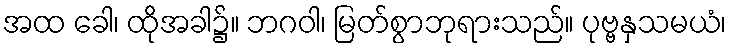
အထ ခေါ၊ ထိုအခါ၌။ ဘဂဝါ၊ မြတ်စွာဘုရားသည်။ ပုဗ္ဗနှသမယံ၊